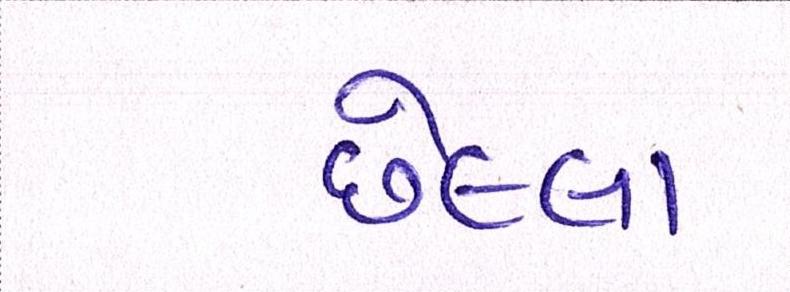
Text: છેલ્લા